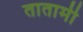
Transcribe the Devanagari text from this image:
तातामी